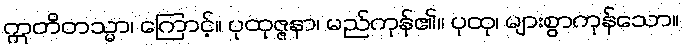
ဣတိတသ္မာ၊ ကြောင့်။ ပုထုဇ္ဇနာ၊ မည်ကုန်၏။ ပုထု၊ များစွာကုန်သော။